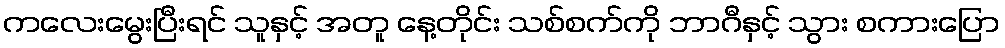
ကလေးမွေးပြီးရင် သူနှင့် အတူ နေ့တိုင်း သစ်စက်ကို ဘာဂီနှင့် သွား စကားပြော